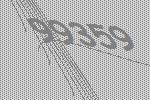
99359